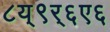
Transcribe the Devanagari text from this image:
८य्९र्६ए६